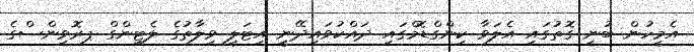
އެމީހުން ބުނި ގޮތުގައި އެލަވާ ކިންގްޑޮމްގައި ދައްކުވައިދޭނީީ އިޓަލީ ވިލާތުގެ ލެޓިންގް ޕރޮވިންސްގެ